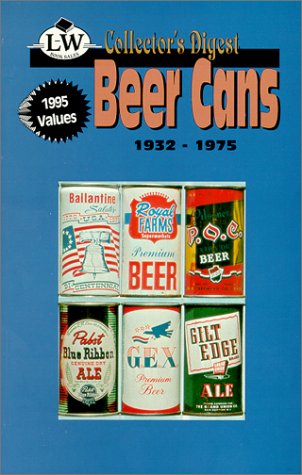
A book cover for Collector's Digest to Beer Cans; Crafts, Hobbies & Home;